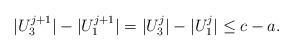
LaTeX: \begin{align*}|U_3^{j+1}| - |U_1^{j+1}| = |U_3^{j}|- |U_1^{j}| \leq c - a.\end{align*}